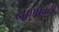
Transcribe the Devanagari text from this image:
नाणावटी